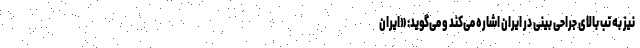
نیز به تب بالای جراحی بینی در ایران اشاره می‌کند و می‌گوید: «ایران